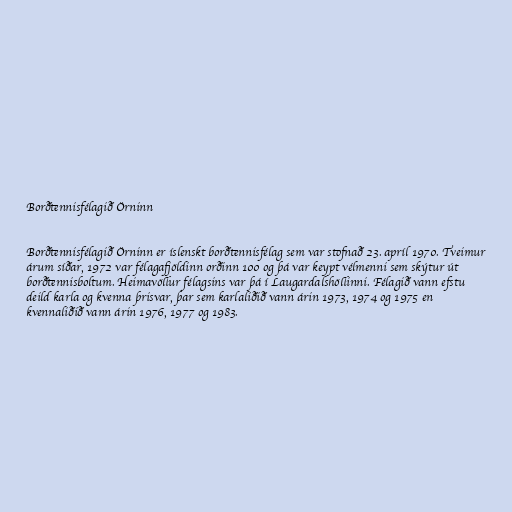
Borðtennisfélagið Örninn

Borðtennisfélagið Örninn er íslenskt borðtennisfélag sem var stofnað 23. apríl 1970. Tveimur
árum síðar, 1972 var félagafjöldinn orðinn 100 og þá var keypt vélmenni sem skýtur út
borðtennisboltum. Heimavöllur félagsins var þá í Laugardalshöllinni. Félagið vann efstu
deild karla og kvenna þrisvar, þar sem karlaliðið vann árin 1973, 1974 og 1975 en
kvennaliðið vann árin 1976, 1977 og 1983.